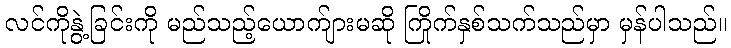
လင်ကိုနွဲ့ခြင်းကို မည်သည့်ယောက်ျားမဆို ကြိုက်နှစ်သက်သည်မှာ မှန်ပါသည်။